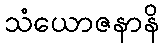
သံယောဇနာနိ